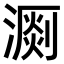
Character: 𣽄